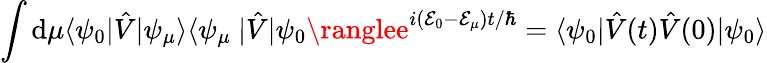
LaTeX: \int\mathrm{d}\mu\langle\psi_{0}|\hat{{V}}|\psi_{\mu}\rangle\langle\psi_{\mu}\ |\hat{{V}}|\psi_{0}\ranglee^{i(\mathcal{{E}}_{0}-\mathcal{{E}}_{\mu})t/\hbar}=\langle\psi_{0}|\hat{{V}}(t)\hat{{V}}(0)|\psi_{0}\rangle